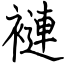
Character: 褳